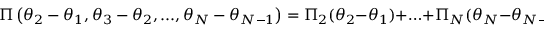
\Pi \left( \theta _ { 2 } - \theta _ { 1 } , \theta _ { 3 } - \theta _ { 2 } , . . . , \theta _ { N } - \theta _ { N - 1 } \right) = \Pi _ { 2 } ( \theta _ { 2 } - \theta _ { 1 } ) + \hdots + \Pi _ { N } ( \theta _ { N } - \theta _ { N - 1 } ) \, ,